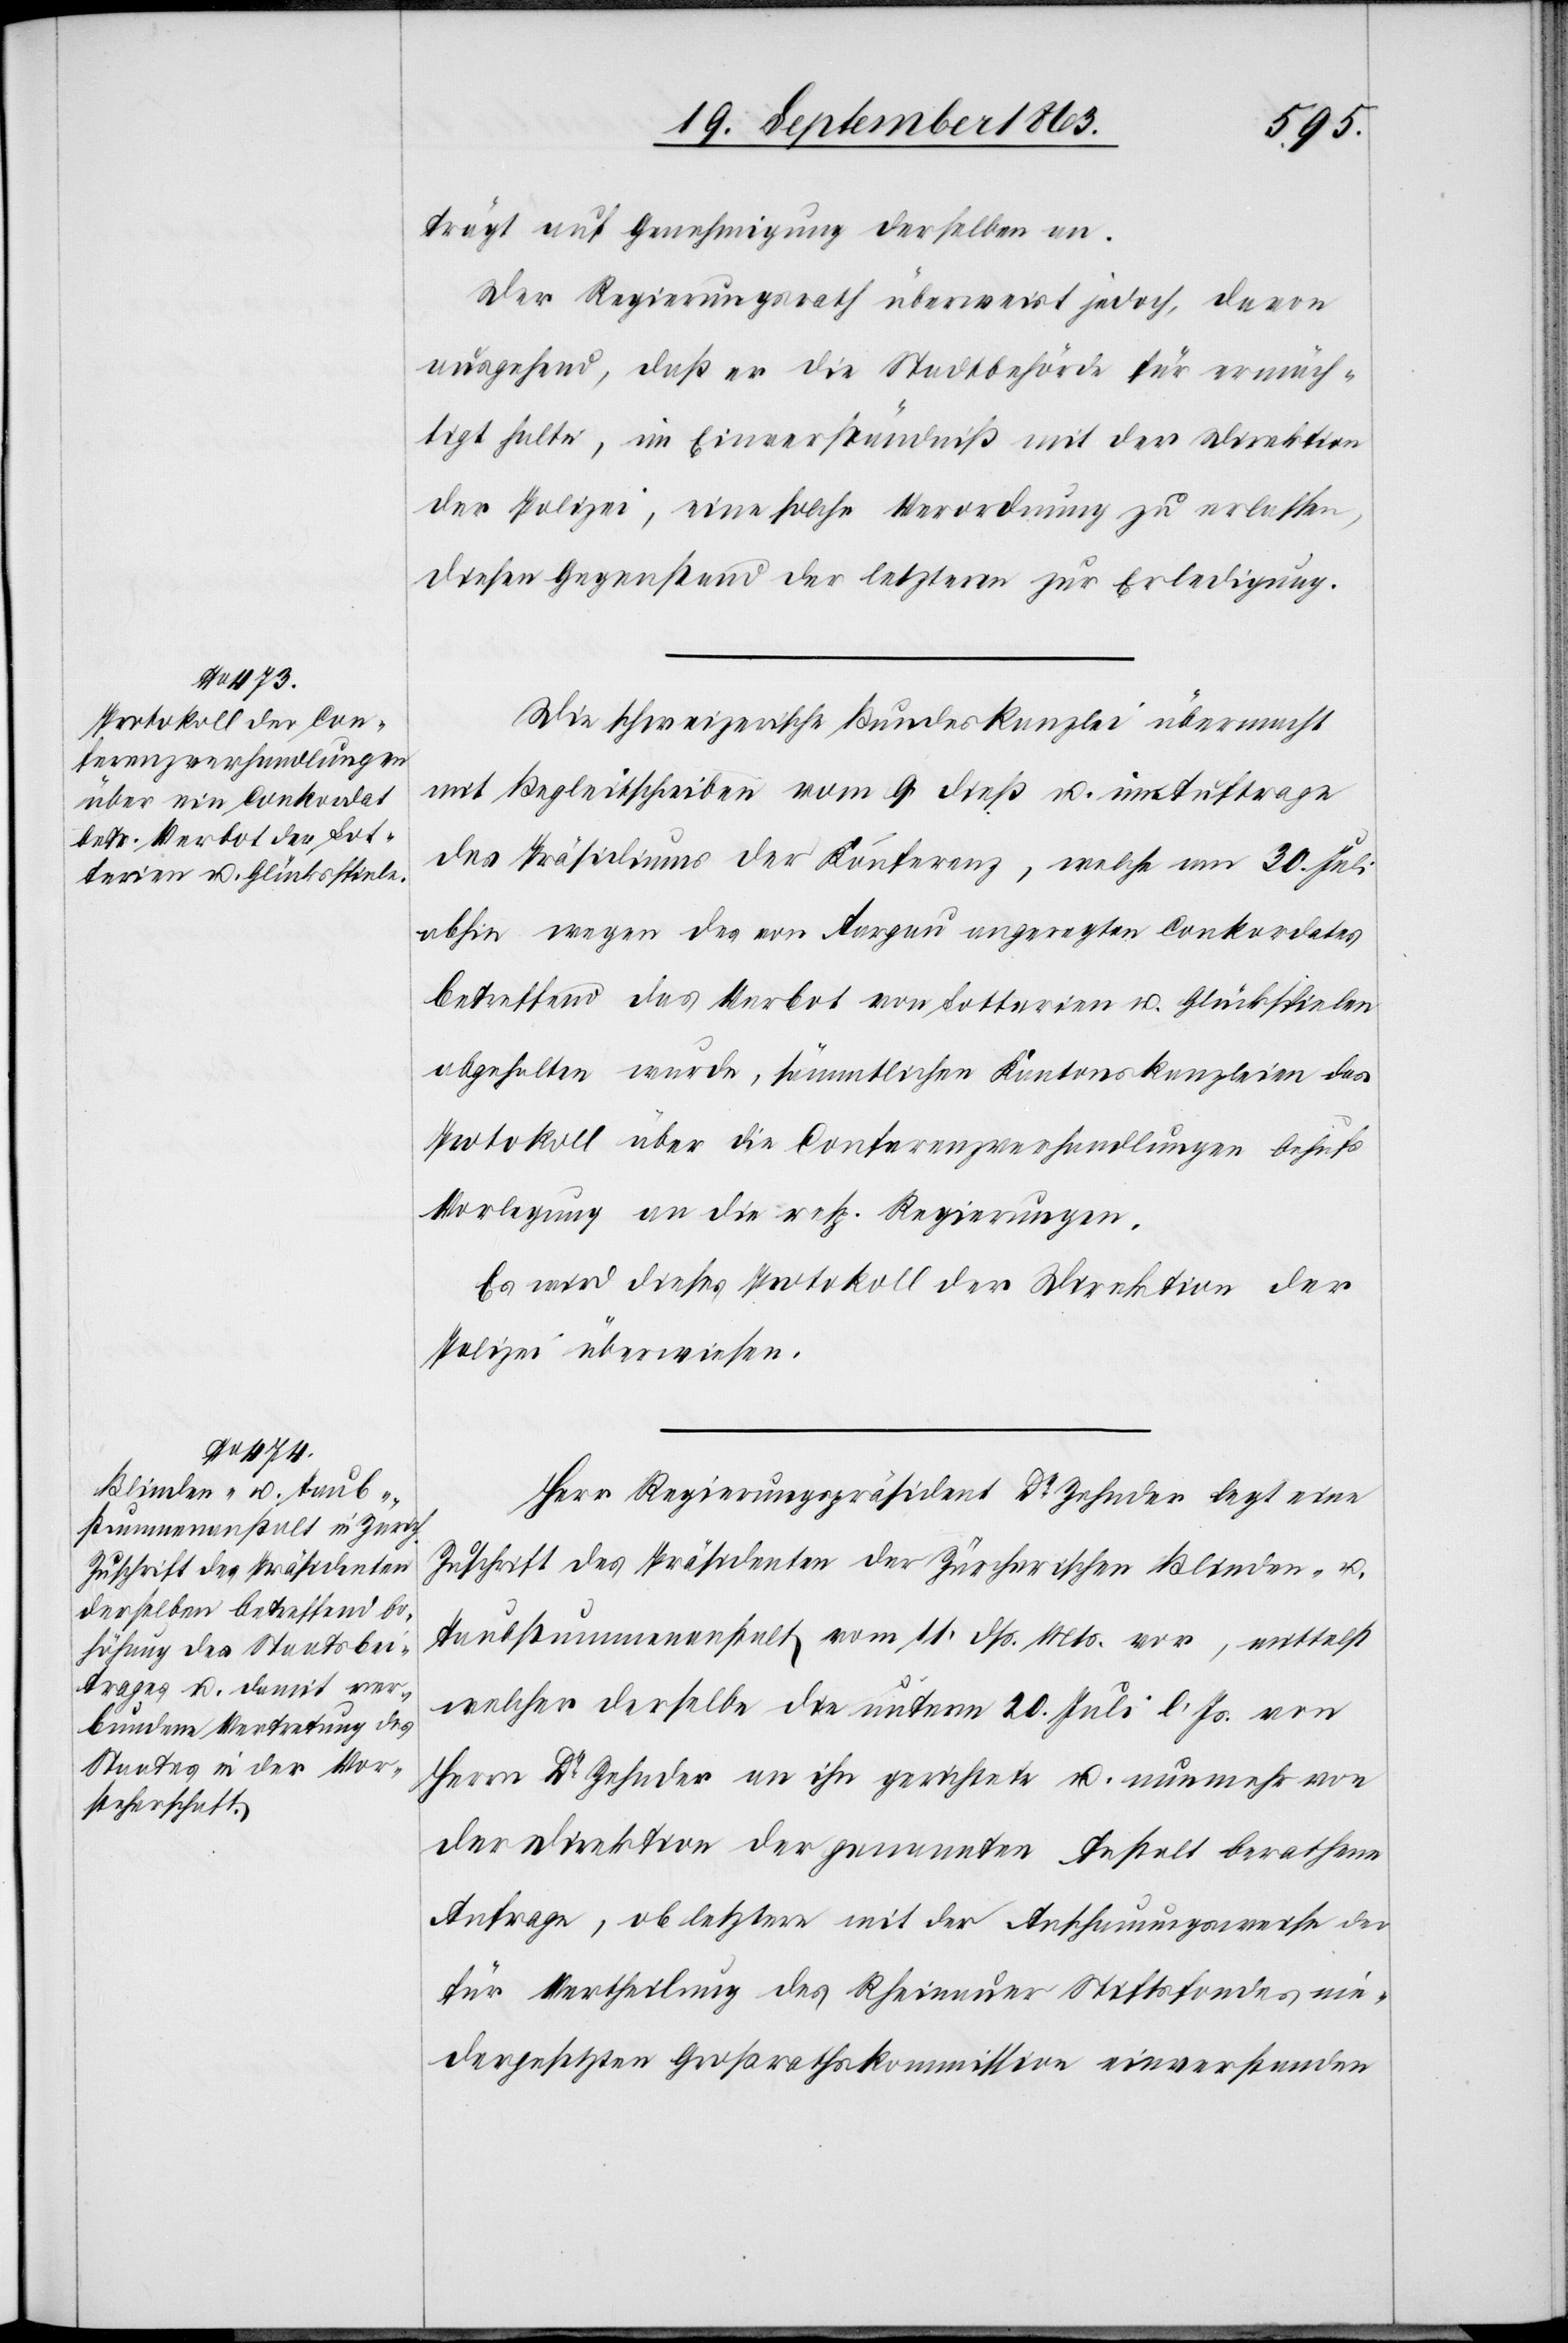
trägt auf Genehmigung derselben an:
Der Regierungsrath überweist jedoch, davon
ausgehend, daß er die Stadtbehörde für ermäch¬
tigt halte, im Einverständniß mit der Direktion
der Polizei, eine solche Verordnung zu erlassen,
diesen Gegenstand der letzteren zur Erledigung.
Die schweizerische Bundeskanzlei übermacht
mit Begleitschreiben vom 9. dieß u. im Auftrage
des Präsidiums der Konferenz, welche am 30. Juli
abhin wegen des von Aargau angeregten Conkordates
betreffend das Verbot von Lotterien u. Glücksspielen
abgehalten wurde, sämmtlichen Kantonskanzleien das
Protokoll über die Conferenzverhandlungen behufs
Vorlegung an die resp. Regierungen.
Es wird dieses Protokoll der Direktion der
Polizei überwiesen.
Herr Regierungspräsident Dr Zehnder legt eine
Zuschrift des Präsidenten der Zürcherischen Blinden- u.
Taubstummenanstalt vom 11. dß. Mts. vor, mittelst
welcher derselbe die unterm 20. Juli l. Js. von
Herrn Dr Zehnder an ihn gerichtete u. nunmehr von
der Direktion der genannten Anstalt berathene
Anfrage, ob letztere mit der Anschauungsweise der
für Vertheilung des Rheinauer Stiftsfondes nie¬
dergesetzten Großrathskommission einverstanden